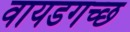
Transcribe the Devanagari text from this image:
वायडगच्छ